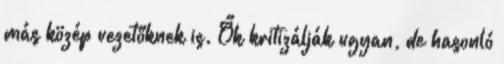
más közép vezetőknek is. Ők kritizálják ugyan, de hasonló